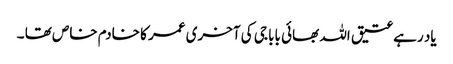
یاد رہے عتیق اللہ بھائی بابا جی کی آخری عمر کا خادم خاص تھا ۔